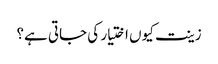
زینت کیوں اختیار کی جاتی ہے؟